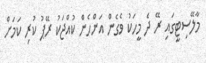
މާލޭސިޓީގައި ރޭ ދެ މީހަކު ވެގެން އަންހެން ކުއްޖަކު ރޭޕު ކުރި ކަމަށް